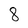
Character: 8